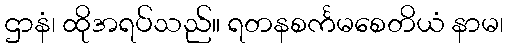
ဌာနံ၊ ထိုအရပ်သည်။ ရတနစင်္ကမစေတိယံ နာမ၊